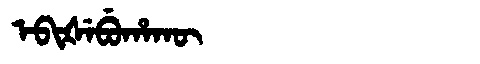
Manchu: ᡝᠪᡳᡧᡝᠪᡠᡥᠠᡴᡡ
Romanization: EBIŠEBUHAKŪ